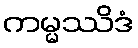
ကမ္မဿိဒံ